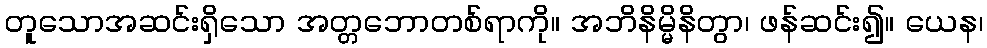
တူသောအဆင်းရှိသော အတ္တဘောတစ်ရာကို။ အဘိနိမ္မိနိတွာ၊ ဖန်ဆင်း၍။ ယေန၊